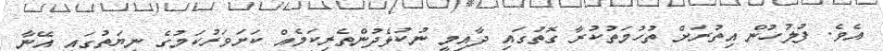
އެވެ. ފުލުހުން އިތުރަށް ތުހުމަތުކުރާ ގޮތުގައި ދާއިމީ ނުކުޅެދުންތެރިކަމެއް ކަށަވަރުކަމުގެ ނިޔަތުގައި އޭނާ